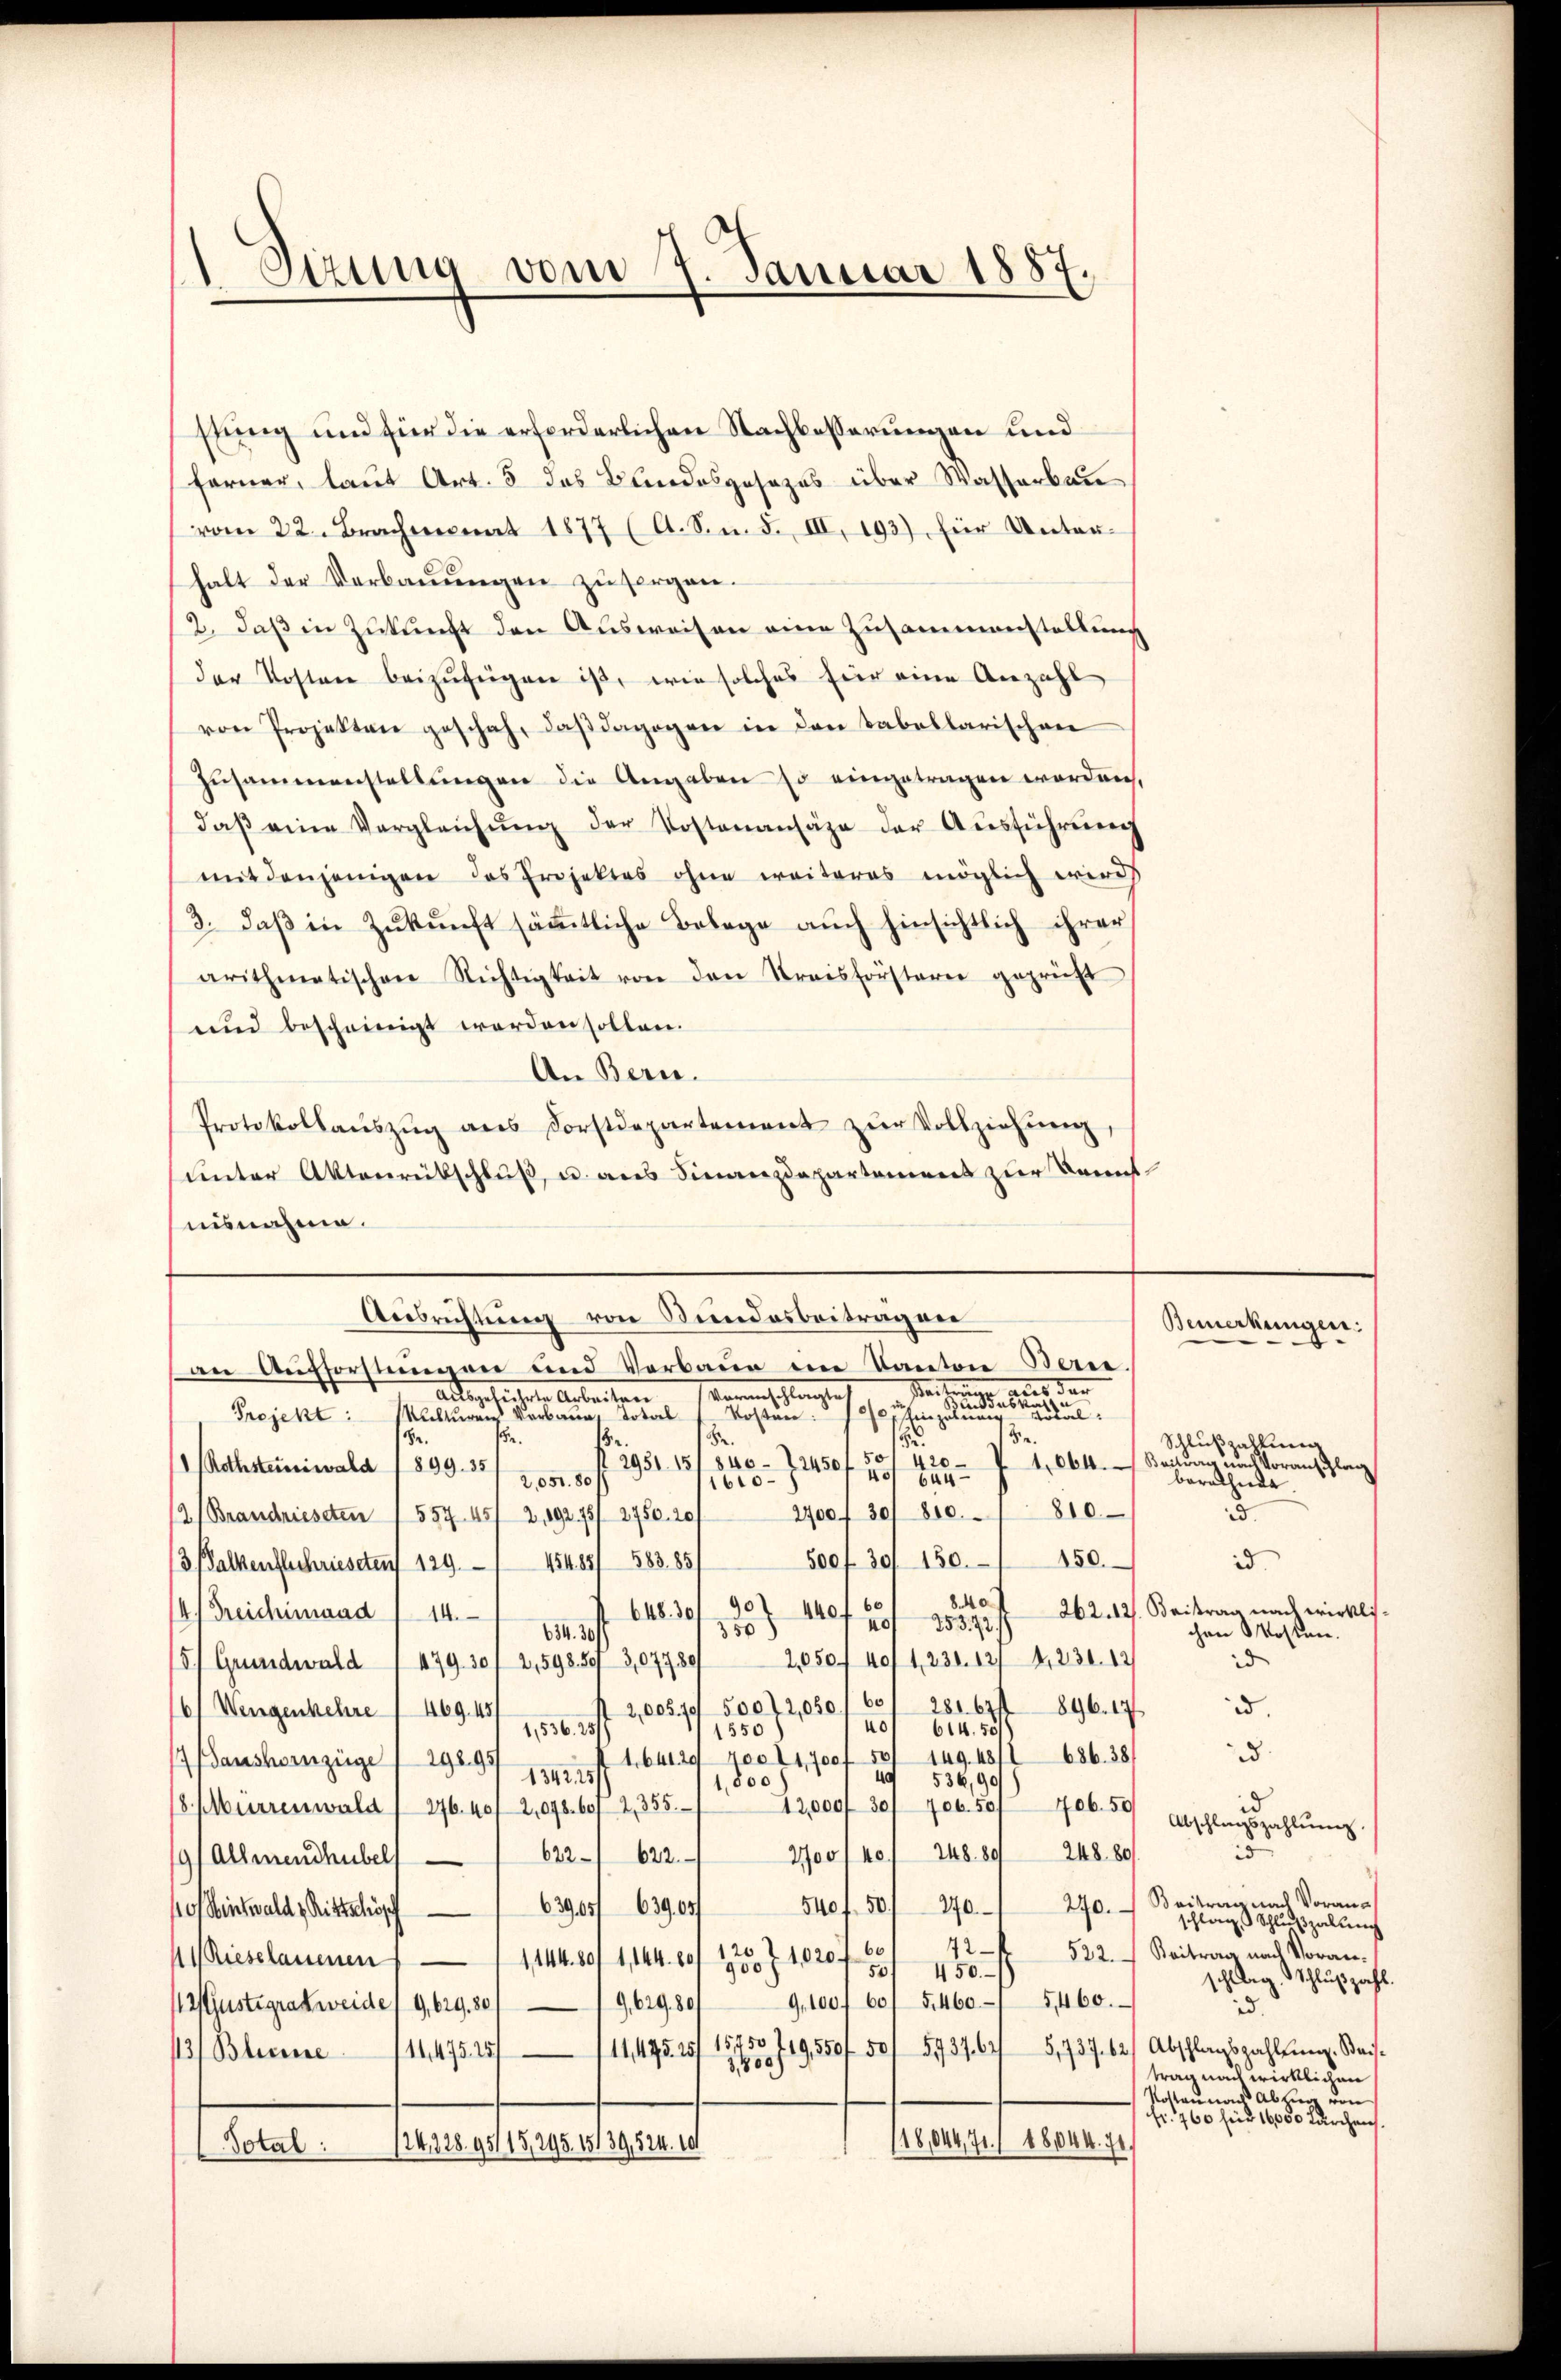
Sizung vom 7. Januar 1887

stung und für die erforderlichen Nachbesserungen und
ferner, laut Art. 3 das Bundesgesezes über Wasserbau
vom 22. Brachmonat 1877 (A. S. n. F. III. 193), für Unter-
halt der Verbaŭŭngen zu sorgen.
2. daβ in Zukunft den Ausweisen eine Zusammenstellung
der Kosten beizufügen ist, wie solches für eine Anzahl
von Projekten geschah, daβ dagegen in den tabellarischen
Zusammenstellŭngen die Angaben so eingetragen worden,
daβ eine Vergleichŭng der Kostenansähe der Aŭsführung
mit denjenigen das Projektes ohne weiteres möglich wird
3. daβ in Zŭkŭnft säṁtliche Belege aŭch hinsichtlich ihrer
arithmetischen Richtigkeit von den Kreisförsterer geprüft
und bescheinigt werden sollen.
An Bern.
Protokollaŭszŭg ans Forstdepartement zŭr Vollziehŭng,
unter Aktenrütschluß, u. aus Finanzdepartemens zur Kennt
nisnahme.
Ausrichtung von Stundesbeitragen
an Aufforstungen und Verbaue im Kanton Berne.
Weiterung
n
Veranschlangte
autgehegten Aesten gegen
a. Sonsta
Kal:
Projekt: Maturen Verbaŭe, Total 1 Kosten: einzel
3
S.
Se.
.
18
.
50
420
2951. 151 840 - 12450
1. 664. Beitrag nach Voranschlag
Rathesterniwald 1599. 35 / 205. 80/
40/ 644
1610 –
berathede
810
2400 f 30/ 800.
12 (Brandriesten 1 557. 457 2, 19275/ 2750. 20
Soof 30 150. 150.
454. 88/ 583. 85
3. Balkenflechrieseten 129.
8.40
262. 12. Beitrag nach wirklis¬
901 140 f 20
648. 30 f
14. Treichimaad 114.
253. 72.
350
634. 30
2,050 f 40/1, 230. 12/4,230. 12
5) Grundwald 1479. 301 2,598. 593,07780
bo
28167/
896. 17
2,005,79/50072,050
6) Wengenkehre / 469. 45
40
614. 55
1556.
1550
686. 38
1641291 700 141,700 f 50/ 149. 48/
 Gaushernzüge / 296. 97 1891/
4. 536,99
1,800
706. 50
12,000 f 30/ 706. 501
8 Mürrenwald 276. 407 2,098. 601 2, 355.
622. 622. 200, 40/ 248. 89 248 80
91 Allmenthübel
270. Beitrag nach Voran-
540 f. 50.
63905/63905/
270
10/ Sintwald z. Rittschsch
12
12021020 60
Rieselauenen
1,144. 80/1, 144. 60
900 f
50/ 450.
9,1007 601 5460. 5460.
9,629. 80
12 Gustegrakweide / 9, 629. 30
11,475.25/ 15250 219,550f 50/ 5737. 645,737. 62 Abschlagszahlung. Weis¬
113/ Blesene 111 475.25/
1150)
(18,044,71/ 1844. 71
124, 328. 95115, 295. 15139, 524. 101
Total:

Bemerkungen:
Schlußzahlung
d.
id.
chen Mosten.
id
.
3.
id
Abschlagszahlŭng.
5
schlag Schlußzahlung
522. Beitrag nach Voranschlag, Schlußzahl.
d.
trag nach wirklichen
Kostaunen Abzug von
fr. 760 für 16000 fürchens.